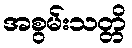
အစွမ်းသတ္တိ